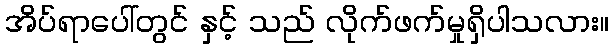
အိပ်ရာပေါ်တွင် နှင့် သည် လိုက်ဖက်မှုရှိပါသလား။